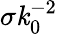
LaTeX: \sigma\mathit{k}_{0}^{-2}